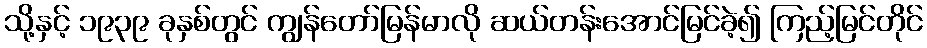
သို့နှင့် ၁၉၃၉ ခုနှစ်တွင် ကျွန်တော်မြန်မာလို ဆယ်တန်းအောင်မြင်ခဲ့၍ ကြည့်မြင်တိုင်